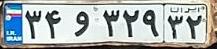
۳۴و۳۲۹۳۲